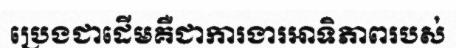
ប្រេងជាដើមគឺជាការងារអាទិភាពរបស់